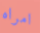
امراه